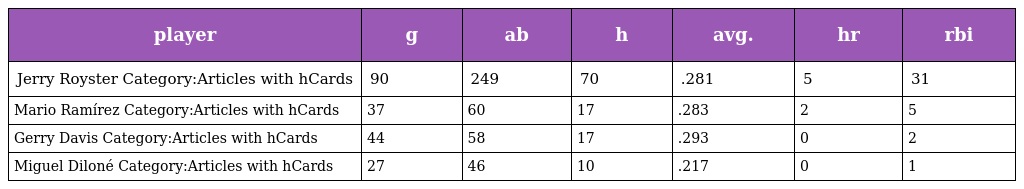
| player | g | ab | h | avg. | hr | rbi |
 | --- | --- | --- | --- | --- | --- | --- |
 | Jerry Royster Category:Articles with hCards | 90 | 249 | 70 | .281 | 5 | 31 |
 | Mario Ramírez Category:Articles with hCards | 37 | 60 | 17 | .283 | 2 | 5 |
 | Gerry Davis Category:Articles with hCards | 44 | 58 | 17 | .293 | 0 | 2 |
 | Miguel Diloné Category:Articles with hCards | 27 | 46 | 10 | .217 | 0 | 1 |